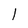
Character: l